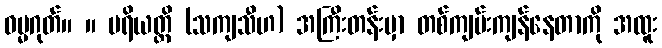
ဓမ္မဂုတ်။ ။ ပရိယတ္တိ (သကျသီဟ) အကြီးတန်းမှာ တစ်ကျမ်းကျန်နေတာကို အထူး